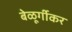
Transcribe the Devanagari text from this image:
बेळूर्गीकर